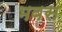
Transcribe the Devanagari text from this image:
भवस